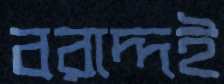
বরাদ্দই